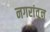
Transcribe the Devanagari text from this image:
नगरांतून